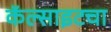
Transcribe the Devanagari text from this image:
कॅल्साइटचा